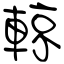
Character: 輬